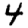
Digit: 4